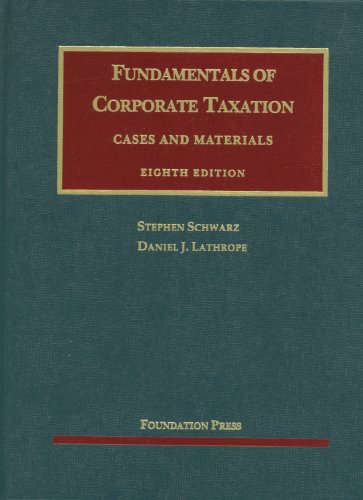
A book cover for Fundamentals of Corporate Taxation (University Casebook Series); Stephen Schwarz; Law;